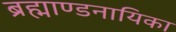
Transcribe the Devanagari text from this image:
ब्रह्माण्डनायिका